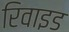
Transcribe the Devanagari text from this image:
रिवाइड